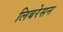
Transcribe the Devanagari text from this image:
लिबरेसन